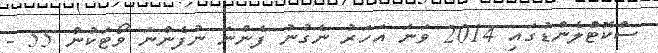
ސްކޮޓްލެންޑުގައި 2014 ވަނަ އަހަރު ނެގުނު ފެންނަ ނުފެންނަ ވޯޓަކުން 55 -